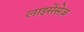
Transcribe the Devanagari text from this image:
लाइसेंसेज़